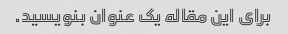
برای این مقاله یک عنوان بنویسید.